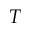
T